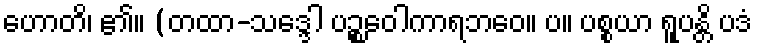
ဟောတိ၊ ၏။ (တထာ-သဒ္ဒေါ ပဉ္စဝေါကာရဘဝေ။ ပ။ ပစ္စယာ ရူပန္တိ ပဒံ